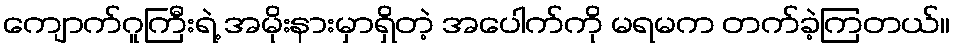
ကျောက်ဂူကြီးရဲ့ အမိုးနားမှာရှိတဲ့ အပေါက်ကို မရမက တက်ခဲ့ကြတယ်။